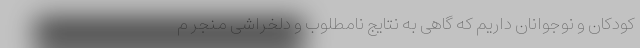
کودکان و نوجوانان داریم که گاهی به نتایج نامطلوب و دلخراشی منجر م